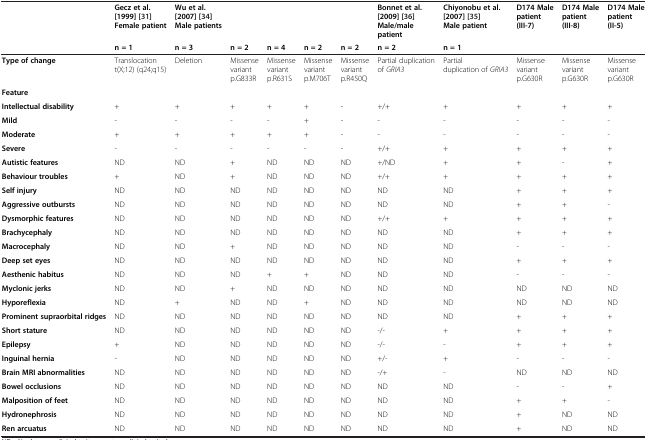
<table><thead><tr><td rowspan="2"><b> </b></td><td><b>Gecz et al. [1999] [31] Female patient</b></td><td><b>Wu et al. [2007] [34] Male patients</b></td><td><b> </b></td><td><b> </b></td><td><b> </b></td><td><b> </b></td><td><b>Bonnet et al. [2009] [36] Male/male patient</b></td><td><b>Chiyonobu et al. [2007] [35] Male patient</b></td><td><b>D174 Male patient (III-7)</b></td><td><b>D174 Male patient (III-8)</b></td><td><b>D174 Male patient (II-5)</b></td></tr><tr><td><b>n = 1</b></td><td><b>n = 3</b></td><td><b>n = 2</b></td><td><b>n = 4</b></td><td><b>n = 2</b></td><td><b>n = 2</b></td><td><b>n = 2</b></td><td><b>n = 1</b></td><td><b> </b></td><td><b> </b></td><td><b> </b></td></tr></thead><tbody><tr><td><b>Type of change</b></td><td>Translocation t(X;12) (q24;q15)</td><td>Deletion</td><td>Missense variant p.G833R</td><td>Missense variant p.R631S</td><td>Missense variant p.M706T</td><td>Missense variant p.R450Q</td><td>Partial duplication of <i>GRIA3</i></td><td>Partial duplication of <i>GRIA3</i></td><td>Missense variant p.G630R</td><td>Missense variant p.G630R</td><td>Missense variant p.G630R</td></tr><tr><td><b>Feature</b></td><td> </td><td> </td><td> </td><td> </td><td> </td><td> </td><td> </td><td> </td><td> </td><td> </td><td> </td></tr><tr><td><b>Intellectual disability</b></td><td>+</td><td>+</td><td>+</td><td>+</td><td>+</td><td>-</td><td>+/+</td><td>+</td><td>+</td><td>+</td><td>+</td></tr><tr><td><b>Mild</b></td><td>-</td><td>-</td><td>-</td><td>-</td><td>+</td><td>-</td><td>-</td><td>-</td><td>-</td><td>-</td><td>-</td></tr><tr><td><b>Moderate</b></td><td>+</td><td>+</td><td>+</td><td>+</td><td>+</td><td>-</td><td>-</td><td>-</td><td>-</td><td>-</td><td>-</td></tr><tr><td><b>Severe</b></td><td>-</td><td>-</td><td>-</td><td>-</td><td>-</td><td>-</td><td>+/+</td><td>+</td><td>+</td><td>+</td><td>+</td></tr><tr><td><b>Autistic features</b></td><td>ND</td><td>ND</td><td>+</td><td>ND</td><td>ND</td><td>ND</td><td>+/ND</td><td>+</td><td>+</td><td>-</td><td>+</td></tr><tr><td><b>Behaviour troubles</b></td><td>+</td><td>ND</td><td>+</td><td>ND</td><td>ND</td><td>ND</td><td>+/+</td><td>+</td><td>+</td><td>+</td><td>+</td></tr><tr><td><b>Self injury</b></td><td>ND</td><td>ND</td><td>ND</td><td>ND</td><td>ND</td><td>ND</td><td>ND</td><td>ND</td><td>+</td><td>+</td><td>+</td></tr><tr><td><b>Aggressive outbursts</b></td><td>ND</td><td>ND</td><td>ND</td><td>ND</td><td>ND</td><td>ND</td><td>ND</td><td>ND</td><td>+</td><td>+</td><td>-</td></tr><tr><td><b>Dysmorphic features</b></td><td>ND</td><td>ND</td><td>ND</td><td>ND</td><td>ND</td><td>ND</td><td>+/+</td><td>+</td><td>+</td><td>+</td><td>+</td></tr><tr><td><b>Brachycephaly</b></td><td>ND</td><td>ND</td><td>ND</td><td>ND</td><td>ND</td><td>ND</td><td>ND</td><td>ND</td><td>+</td><td>+</td><td>+</td></tr><tr><td><b>Macrocephaly</b></td><td>ND</td><td>ND</td><td>+</td><td>ND</td><td>ND</td><td>ND</td><td>ND</td><td>ND</td><td>-</td><td>-</td><td>-</td></tr><tr><td><b>Deep set eyes</b></td><td>ND</td><td>ND</td><td>ND</td><td>ND</td><td>ND</td><td>ND</td><td>ND</td><td>ND</td><td>+</td><td>+</td><td>+</td></tr><tr><td><b>Aesthenic habitus</b></td><td>ND</td><td>ND</td><td>ND</td><td>+</td><td>+</td><td>ND</td><td>ND</td><td>ND</td><td>-</td><td>-</td><td>-</td></tr><tr><td><b>Myclonic jerks</b></td><td>ND</td><td>ND</td><td>+</td><td>ND</td><td>ND</td><td>ND</td><td>ND</td><td>ND</td><td>ND</td><td>ND</td><td>ND</td></tr><tr><td><b>Hyporeflexia</b></td><td>ND</td><td>+</td><td>ND</td><td>ND</td><td>+</td><td>ND</td><td>ND</td><td>ND</td><td>ND</td><td>ND</td><td>ND</td></tr><tr><td><b>Prominent supraorbital ridges</b></td><td>ND</td><td>ND</td><td>ND</td><td>ND</td><td>ND</td><td>ND</td><td>ND</td><td>ND</td><td>+</td><td>+</td><td>+</td></tr><tr><td><b>Short stature</b></td><td>ND</td><td>ND</td><td>ND</td><td>ND</td><td>ND</td><td>ND</td><td>-/-</td><td>+</td><td>+</td><td>+</td><td>+</td></tr><tr><td><b>Epilepsy</b></td><td>+</td><td>ND</td><td>ND</td><td>ND</td><td>ND</td><td>ND</td><td>-/-</td><td>-</td><td>+</td><td>+</td><td>+</td></tr><tr><td><b>Inguinal hernia</b></td><td>-</td><td>ND</td><td>ND</td><td>ND</td><td>ND</td><td>ND</td><td>+/-</td><td>+</td><td>-</td><td>-</td><td>-</td></tr><tr><td><b>Brain MRI abnormalities</b></td><td>ND</td><td>ND</td><td>ND</td><td>ND</td><td>ND</td><td>ND</td><td>-/+</td><td>-</td><td>ND</td><td>ND</td><td>ND</td></tr><tr><td><b>Bowel occlusions</b></td><td>ND</td><td>ND</td><td>ND</td><td>ND</td><td>ND</td><td>ND</td><td>ND</td><td>ND</td><td>-</td><td>-</td><td>+</td></tr><tr><td><b>Malposition of feet</b></td><td>ND</td><td>ND</td><td>ND</td><td>ND</td><td>ND</td><td>ND</td><td>ND</td><td>ND</td><td>+</td><td>+</td><td>-</td></tr><tr><td><b>Hydronephrosis</b></td><td>ND</td><td>ND</td><td>ND</td><td>ND</td><td>ND</td><td>ND</td><td>ND</td><td>ND</td><td>+</td><td>ND</td><td>ND</td></tr><tr><td><b>Ren arcuatus</b></td><td>ND</td><td>ND</td><td>ND</td><td>ND</td><td>ND</td><td>ND</td><td>ND</td><td>ND</td><td>+</td><td>ND</td><td>ND</td></tr></tbody></table>